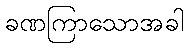
ခဏကြာသောအခါ